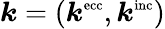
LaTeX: \boldsymbol{k}=(\boldsymbol{k}^{\textnormal{\scriptsize ecc}},\boldsymbol{k}^{\textnormal{\scriptsize inc}})